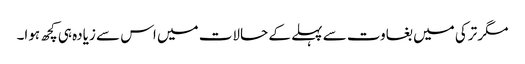
مگر ترکی میں بغاوت سے پہلے کے حالات میں اس سے زیادہ ہی کچھ ہوا۔